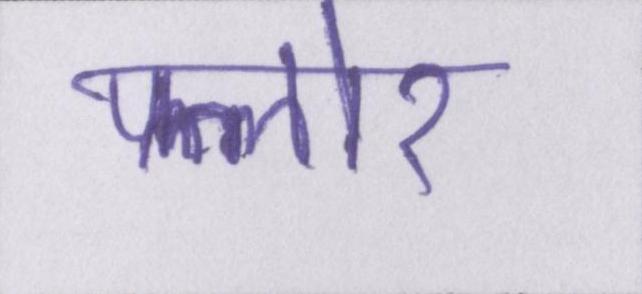
फ्लोर